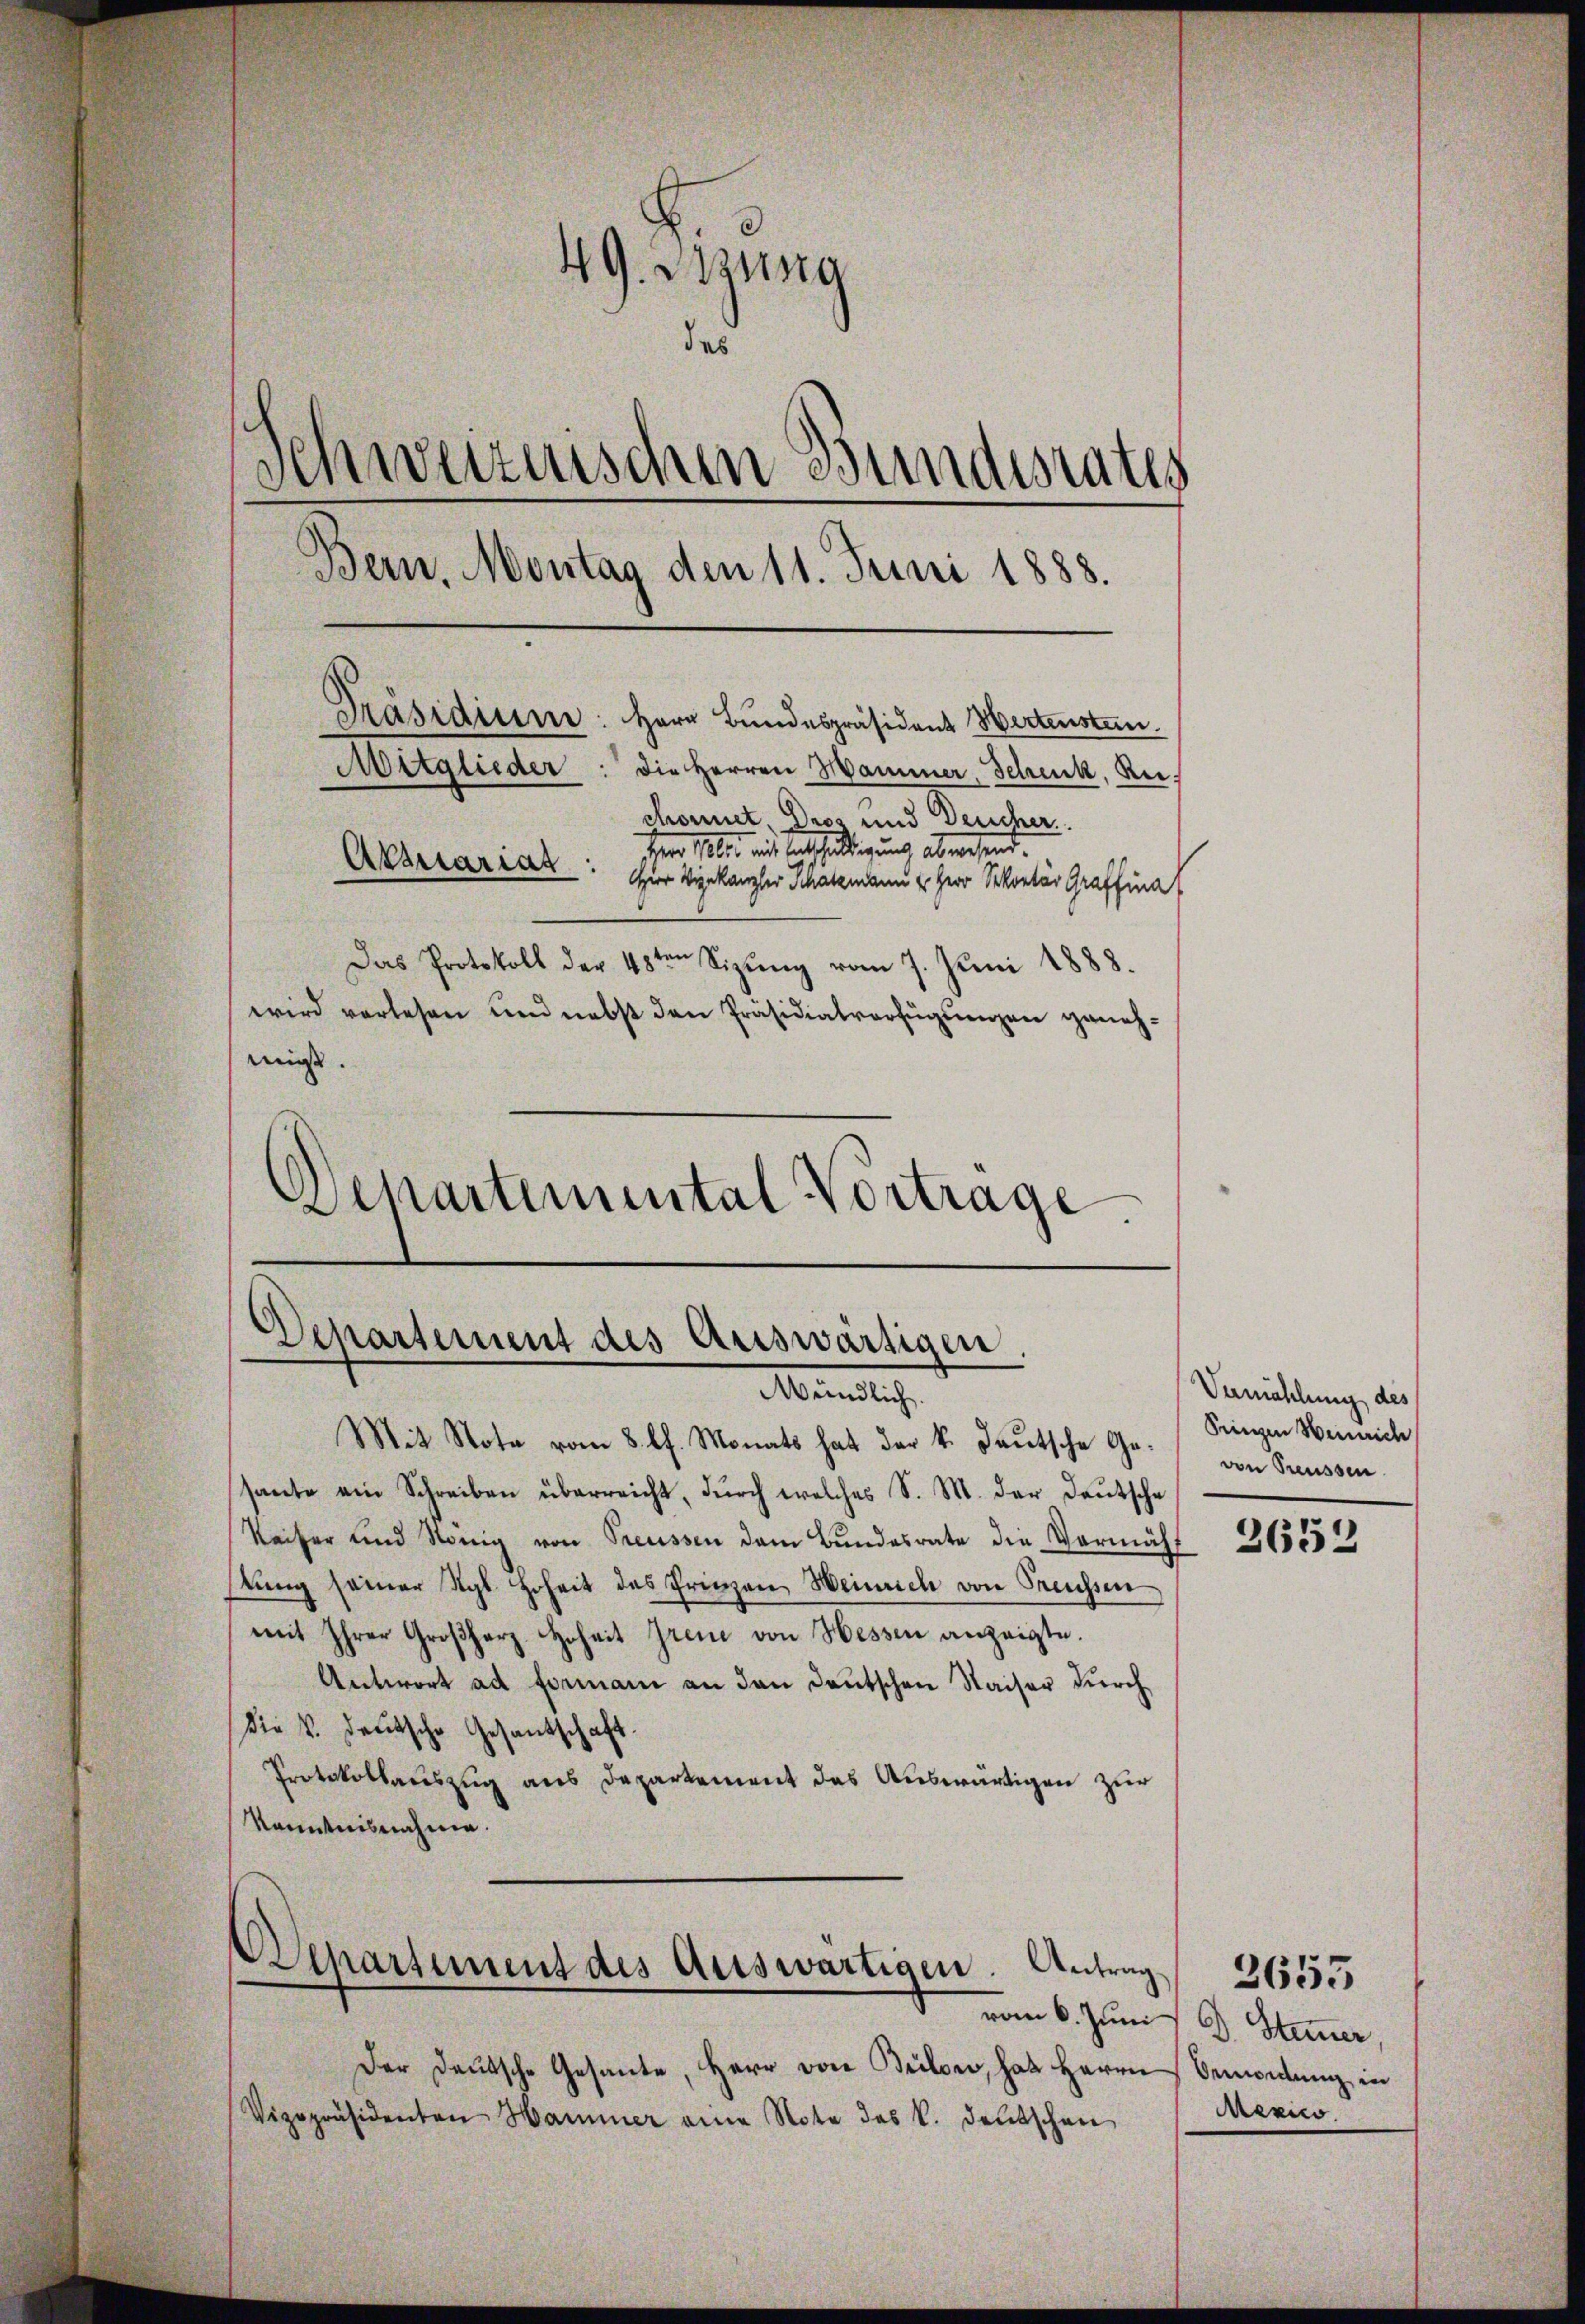
49. Sitzung
das
Schweizerischen Bundesrates
Bern, Montag den 11. Juni 1888.
Präsidium: Herr Bundespräsident Wertensten.
Mitglieder: die Herren Hammer, Schenk, Reichonnet, Dros und Deucher.
Herr M. eine Entschilligung abwesent.
Akbriariat zur Verkanzler Schatzmann u. Herr Sekretär Graffina
Das Protokoll der 48ten Sizŭng vom 7. Juni 1888.
wird verlesen und nebst den Präsidialverfügŭngen genehmigt.

Departemental Vortrage
s

Departement des Auswärtigen.
Memliche
Mit Note vom 8. lt. Monats hat der k. Deutsche Ge-

sante ein Schreiben überreicht, dŭrch welches S. M. der Deutsche
Kaiser und König von Preussen dem Bundesrate die Vermächstŭng seiner Kgl. Hoheit des Prinzen Weinrich von Treuhsen
mit Ihrer Großherz. Hoheit Irene von Hessen anzeigte.
Antwort ad Formann an den Deutschen Kaiser durch
Die v. deutsche Gesantschaft.
Protokollauszug aus Departement das Auswärtigen zur
Kenntnisnahme.

Departement des Auswärtigen. Antrag.

Der Deutsche Gesante, Herr von Bülow, hat Herrn Bemordung, in
Vizepräsidenten Hammer eine Note des V. deŭtschen

Vermählung des
bringen Zürich
von Greussen

2652

vom 6. Juni d. Stum̅er,
Mexico

2653